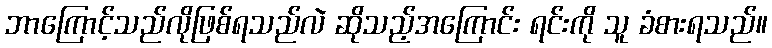
ဘာကြောင့်သည်လိုဖြစ်ရသည်လဲ ဆိုသည့်အကြောင်း ရင်းကို သူ ခံစားရသည်။